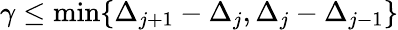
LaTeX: \gamma\leq\operatorname*{min}\{ \Delta_{j+1}-\Delta_{j},\Delta_{j}-\Delta_{j-1}\}